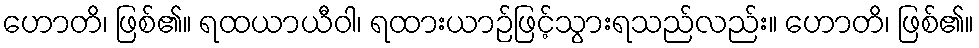
ဟောတိ၊ ဖြစ်၏။ ရထယာယီဝါ၊ ရထားယာဉ်ဖြင့်သွားရသည်လည်း။ ဟောတိ၊ ဖြစ်၏။